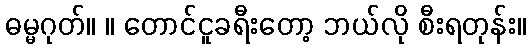
ဓမ္မဂုတ်။ ။ တောင်ငူခရီးတော့ ဘယ်လို စီးရတုန်း။